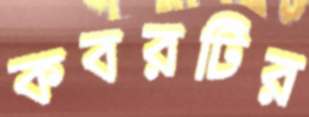
কবরটির